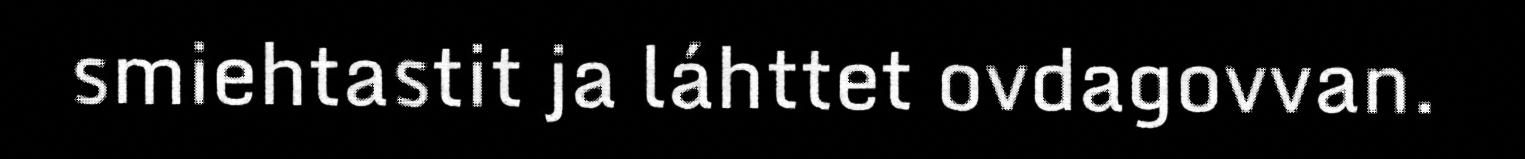
smiehtastit ja láhttet ovdagovvan.